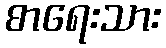
စာရေးသား